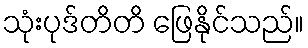
သုံးပုဒ်တိတိ ဖြေနိုင်သည်။